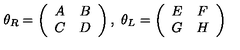
\theta _ { R } = \left( \begin{array} { c c } { A } & { B } \\ { C } & { D } \\ \end{array} \right) , \ \theta _ { L } = \left( \begin{array} { c c } { E } & { F } \\ { G } & { H } \\ \end{array} \right)